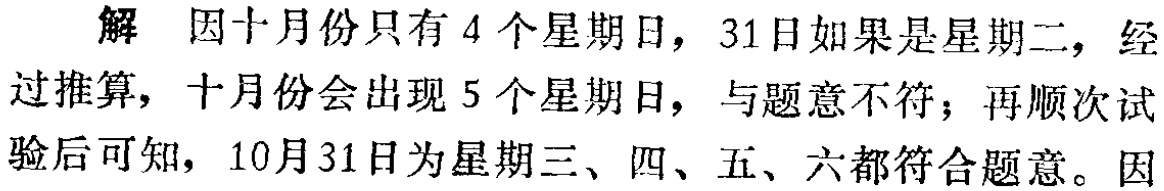
解 因十月份只有4个星期日，31日如果是星期二，经过推算，十月份会出现5个星期日，与题意不符；再顺次试验后可知，10月31日为星期三、四、五、六都符合题意。因